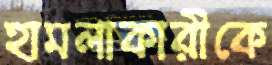
হামলাকারীকে